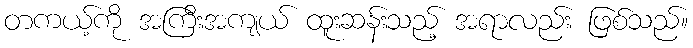
တကယ့်ကို အကြီးအကျယ် ထူးဆန်းသည့် အရာလည်း ဖြစ်သည်။